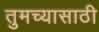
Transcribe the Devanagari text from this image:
तुमच्यासाठी